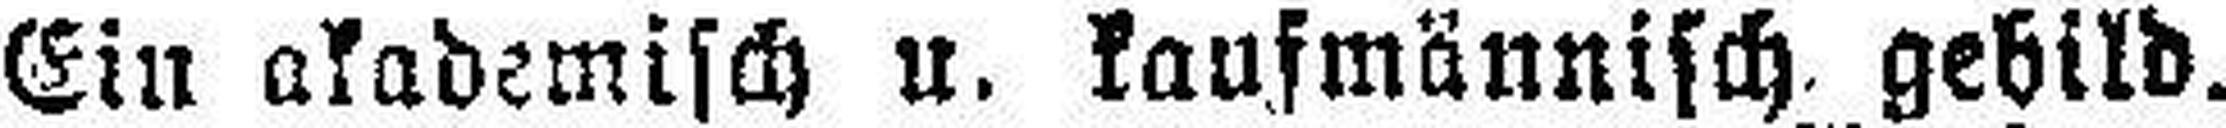
Ein akademisch u. kaufmännisch gebild.